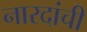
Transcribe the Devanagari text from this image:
नारदांची